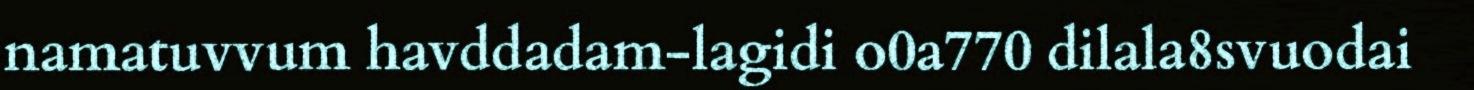
namatuvvum havddadam-lagidi o0a770 dilala8svuodai